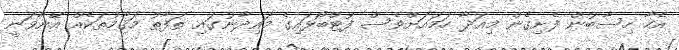
އެހާ ހިސާބުން ފެށިގެން މިއަދާ ހަމައަށްވެސް ފުޓްބޯޅައިގެ މައިދާނުގައި ތަފާތު މަޤާމުތަކެއް އޭނާވަނީ